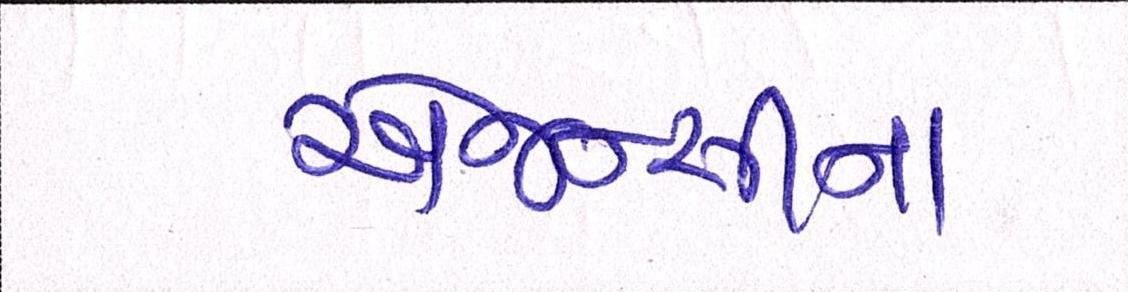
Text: એજન્સીના